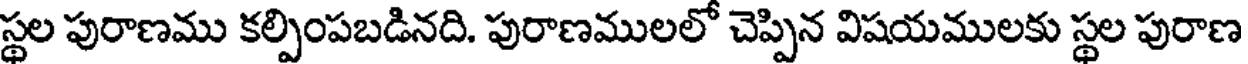
స్థల పురాణము కల్పింపబడినది. పురాణములలో చెప్పిన విషయములకు స్థల పురాణ